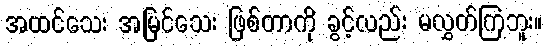
အထင်သေး အမြင်သေး ဖြစ်တာကို ခွင့်လည်း မလွှတ်ကြဘူး။